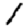
Digit: 1